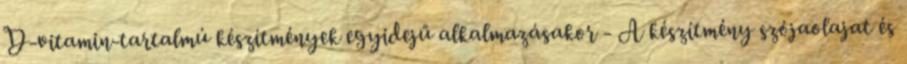
D-vitamin-tartalmú készítmények egyidejű alkalmazásakor - A készítmény szójaolajat és